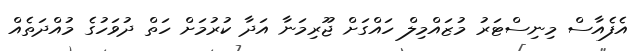
އެފެއާސް މިނިސްޓަރު މުޒައްމިލް ހައްގަށް ޖޫރިމަނާ އަދާ ކުރުމަށް ހަތް ދުވަހުގެ މުއްދަތެއް